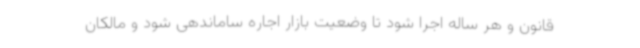
قانون و هر ساله اجرا شود تا وضعیت بازار اجاره ساماندهی شود و مالکان